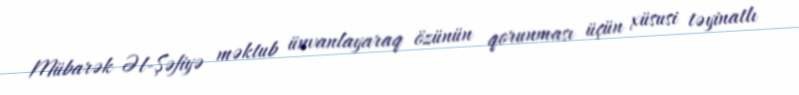
Mübarək Əl-Şəfiyə məktub ünvanlayaraq özünün qorunması üçün xüsusi təyinatlı